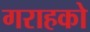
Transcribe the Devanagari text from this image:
गराहको